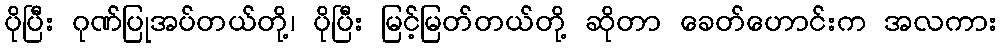
ပိုပြီး ဂုဏ်ပြုအပ်တယ်တို့၊ ပိုပြီး မြင့်မြတ်တယ်တို့ ဆိုတာ ခေတ်ဟောင်းက အလကား